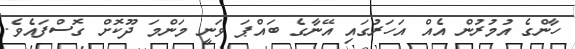
ހާންގެ އުމުރުން އެއް އަހަރުގައި އޭނާގެ ބައްޕަ ވަނީ މަންމަ ދޫކޮށް ގޮސްފައެވެ.